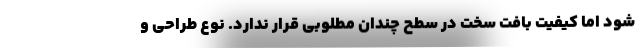
شود اما کیفیت بافت سخت در سطح چندان مطلوبی قرار ندارد. نوع طراحی و